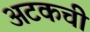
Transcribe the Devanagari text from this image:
अटकची